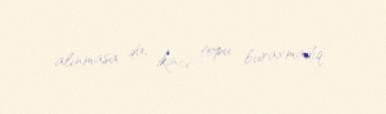
alınmasa da, ikinci topu buraxmadıq.